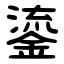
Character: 鎏